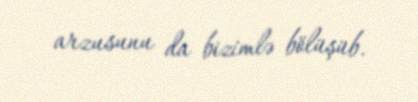
arzusunu da bizimlə bölüşüb.